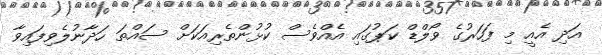
އަދި އެއީ މި ފަހަރުގެ ވޯލްޑް ކަޕުގައި އެއްވެސް ކުޅުންތެރިއަކަށް ސައްތަ ހަދާނުލެވިފައިވާ